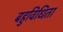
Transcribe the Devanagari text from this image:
बहुविधिता